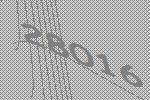
28016